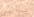
يراني